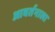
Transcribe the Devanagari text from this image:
आवर्तनाला